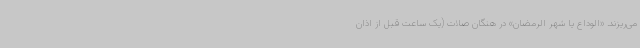
می‌ریزند. «الوداع یا شهر الرمضان» در هنگان صلات (یک ساعت قبل از اذان